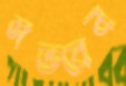
সভরেন